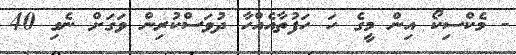
- މެކްސިކޯ އިން މީގެ ހަ ހަފުތާއެއްހާ ދުވަސްކުރިން ވަގަށް ނެގި 40